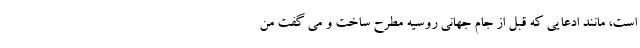
است، مانند ادعایی که قبل از جام جهانی روسیه مطرح ساخت و می گفت من